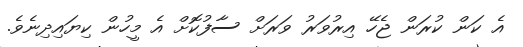
އެ ކަން ކުރަން ޖެހޭ އިރުވަރު ވަރަށް ސާފުކޮށް އެ މީހުން ކިޔައިދިނެވެ.